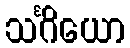
သင်္ဂိယော